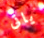
ياتى